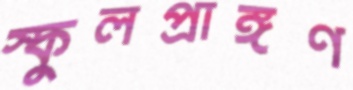
স্কুলপ্রাঙ্গণ